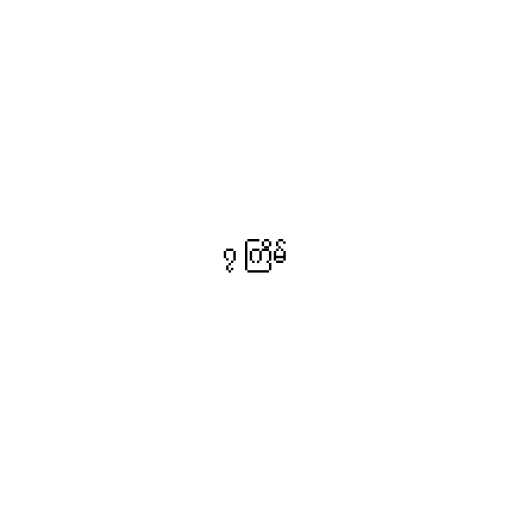
၇ ကြိမ်